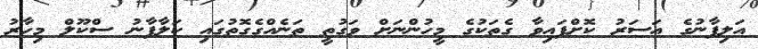
އަލިފާނުގެ އަސަރު ކޮށްފައިވާ ގެތަކުގެ މީހުންނަށް ވަގުތީ ތަނެއްގެގޮތުގައި ކަލާފާނު ސްކޫލް މިހާރު